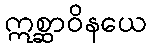
ဣစ္ဆာဝိနယေ